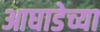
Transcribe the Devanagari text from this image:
आघाडेच्या